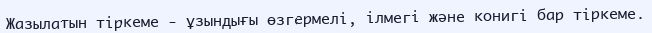
Жазылатын тіркеме - ұзындығы өзгермелі, ілмегі және конигі бар тіркеме.